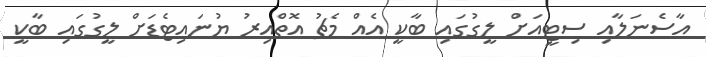
އާސެނަލާއި ސިޓީއަށް ލީގުގައި ބާކީ އެއް މެޗު އޮތްއިރު ޔުނައިޓެޑަށް ލީގުގައި ބާކީ